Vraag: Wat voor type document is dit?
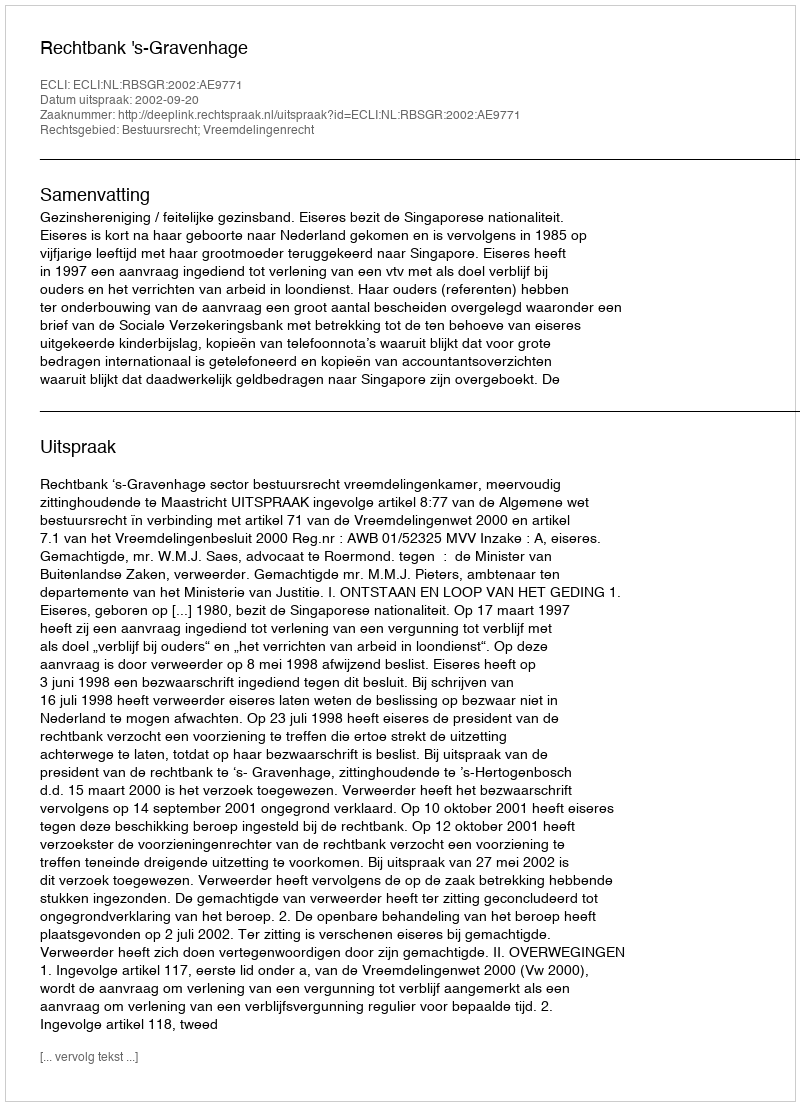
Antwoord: Uitspraak